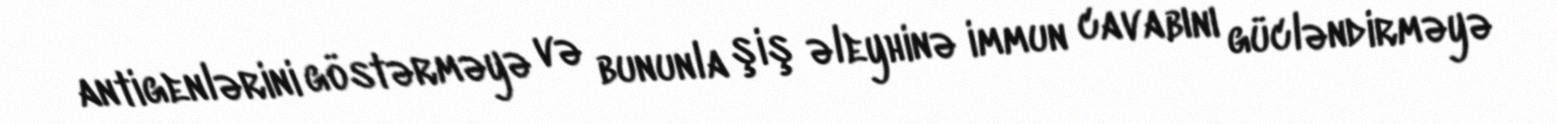
antigenlərini göstərməyə və bununla şiş əleyhinə immun cavabını gücləndirməyə